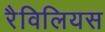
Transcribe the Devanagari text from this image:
रैविलियस